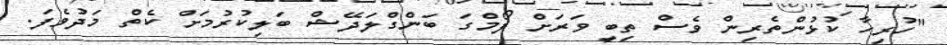
"ހުރިހާ ކުޅުންތެރިން ވެސް ތިބީ ވަރަށް ފޯމްގަ ބަންގްލަދޭޝް ބަލިކުރުމަށް ކެތް މަދުވެފަ.